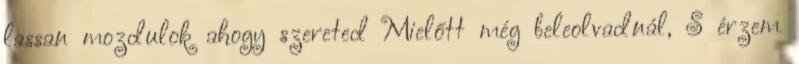
lassan mozdulok ahogy szereted Mielőtt még beleolvadnál, S érzem